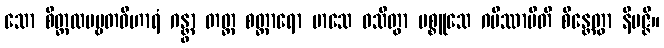
သော စိတ္တလပဗ္ဗတဝိဟာရံ ဂန္တွာ တတ္ထ စတ္တာရော မာသေ ဝသိတွာ ပစ္စူသေ ဂမိဿာမီတိ စိန္တေတွာ နိပဇ္ဇိ။